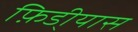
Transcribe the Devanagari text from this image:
फ़िडी्यास